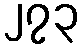
၂၇၃